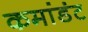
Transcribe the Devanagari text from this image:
कमांडंट